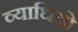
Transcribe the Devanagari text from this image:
व्याधियो